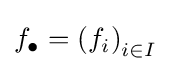
f_{\bullet }=\left(f_{i}\right)_{i\in I}